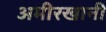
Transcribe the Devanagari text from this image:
अमीरखानी